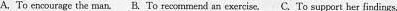
A. To encourage the manB. Torecommend an exercise.